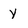
Character: y